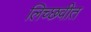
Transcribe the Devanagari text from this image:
लिच्छवीत